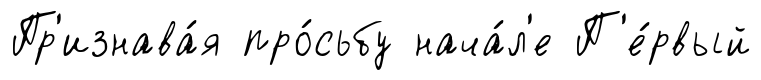
Пр'изнава́я про́сьбу нача́л'е П'е́рвый